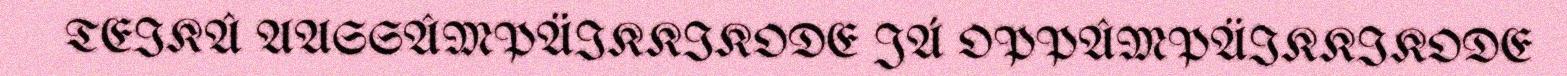
TEIKÂ AASSÂMPÄIKKIKODE JÁ OPPÂMPÄIKKIKODE